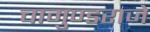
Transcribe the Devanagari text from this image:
चामुण्डराजे